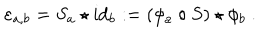
\varepsilon _ { a , b } = S _ { a } \star \mathrm { i d } _ { b } : = ( \phi _ { a } \circ S ) \star \phi _ { b } ~ .